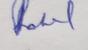
Signature authenticity: genuine